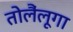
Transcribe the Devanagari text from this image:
तोलैंलूगा